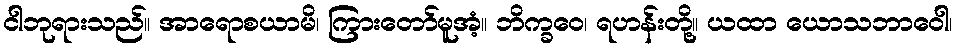
ငါဘုရားသည်။ အာရောစယာမိ၊ ကြားတော်မူအံ့။ ဘိက္ခဝေ၊ ရဟန်းတို့။ ယထာ ယောသဘာဝေါ၊